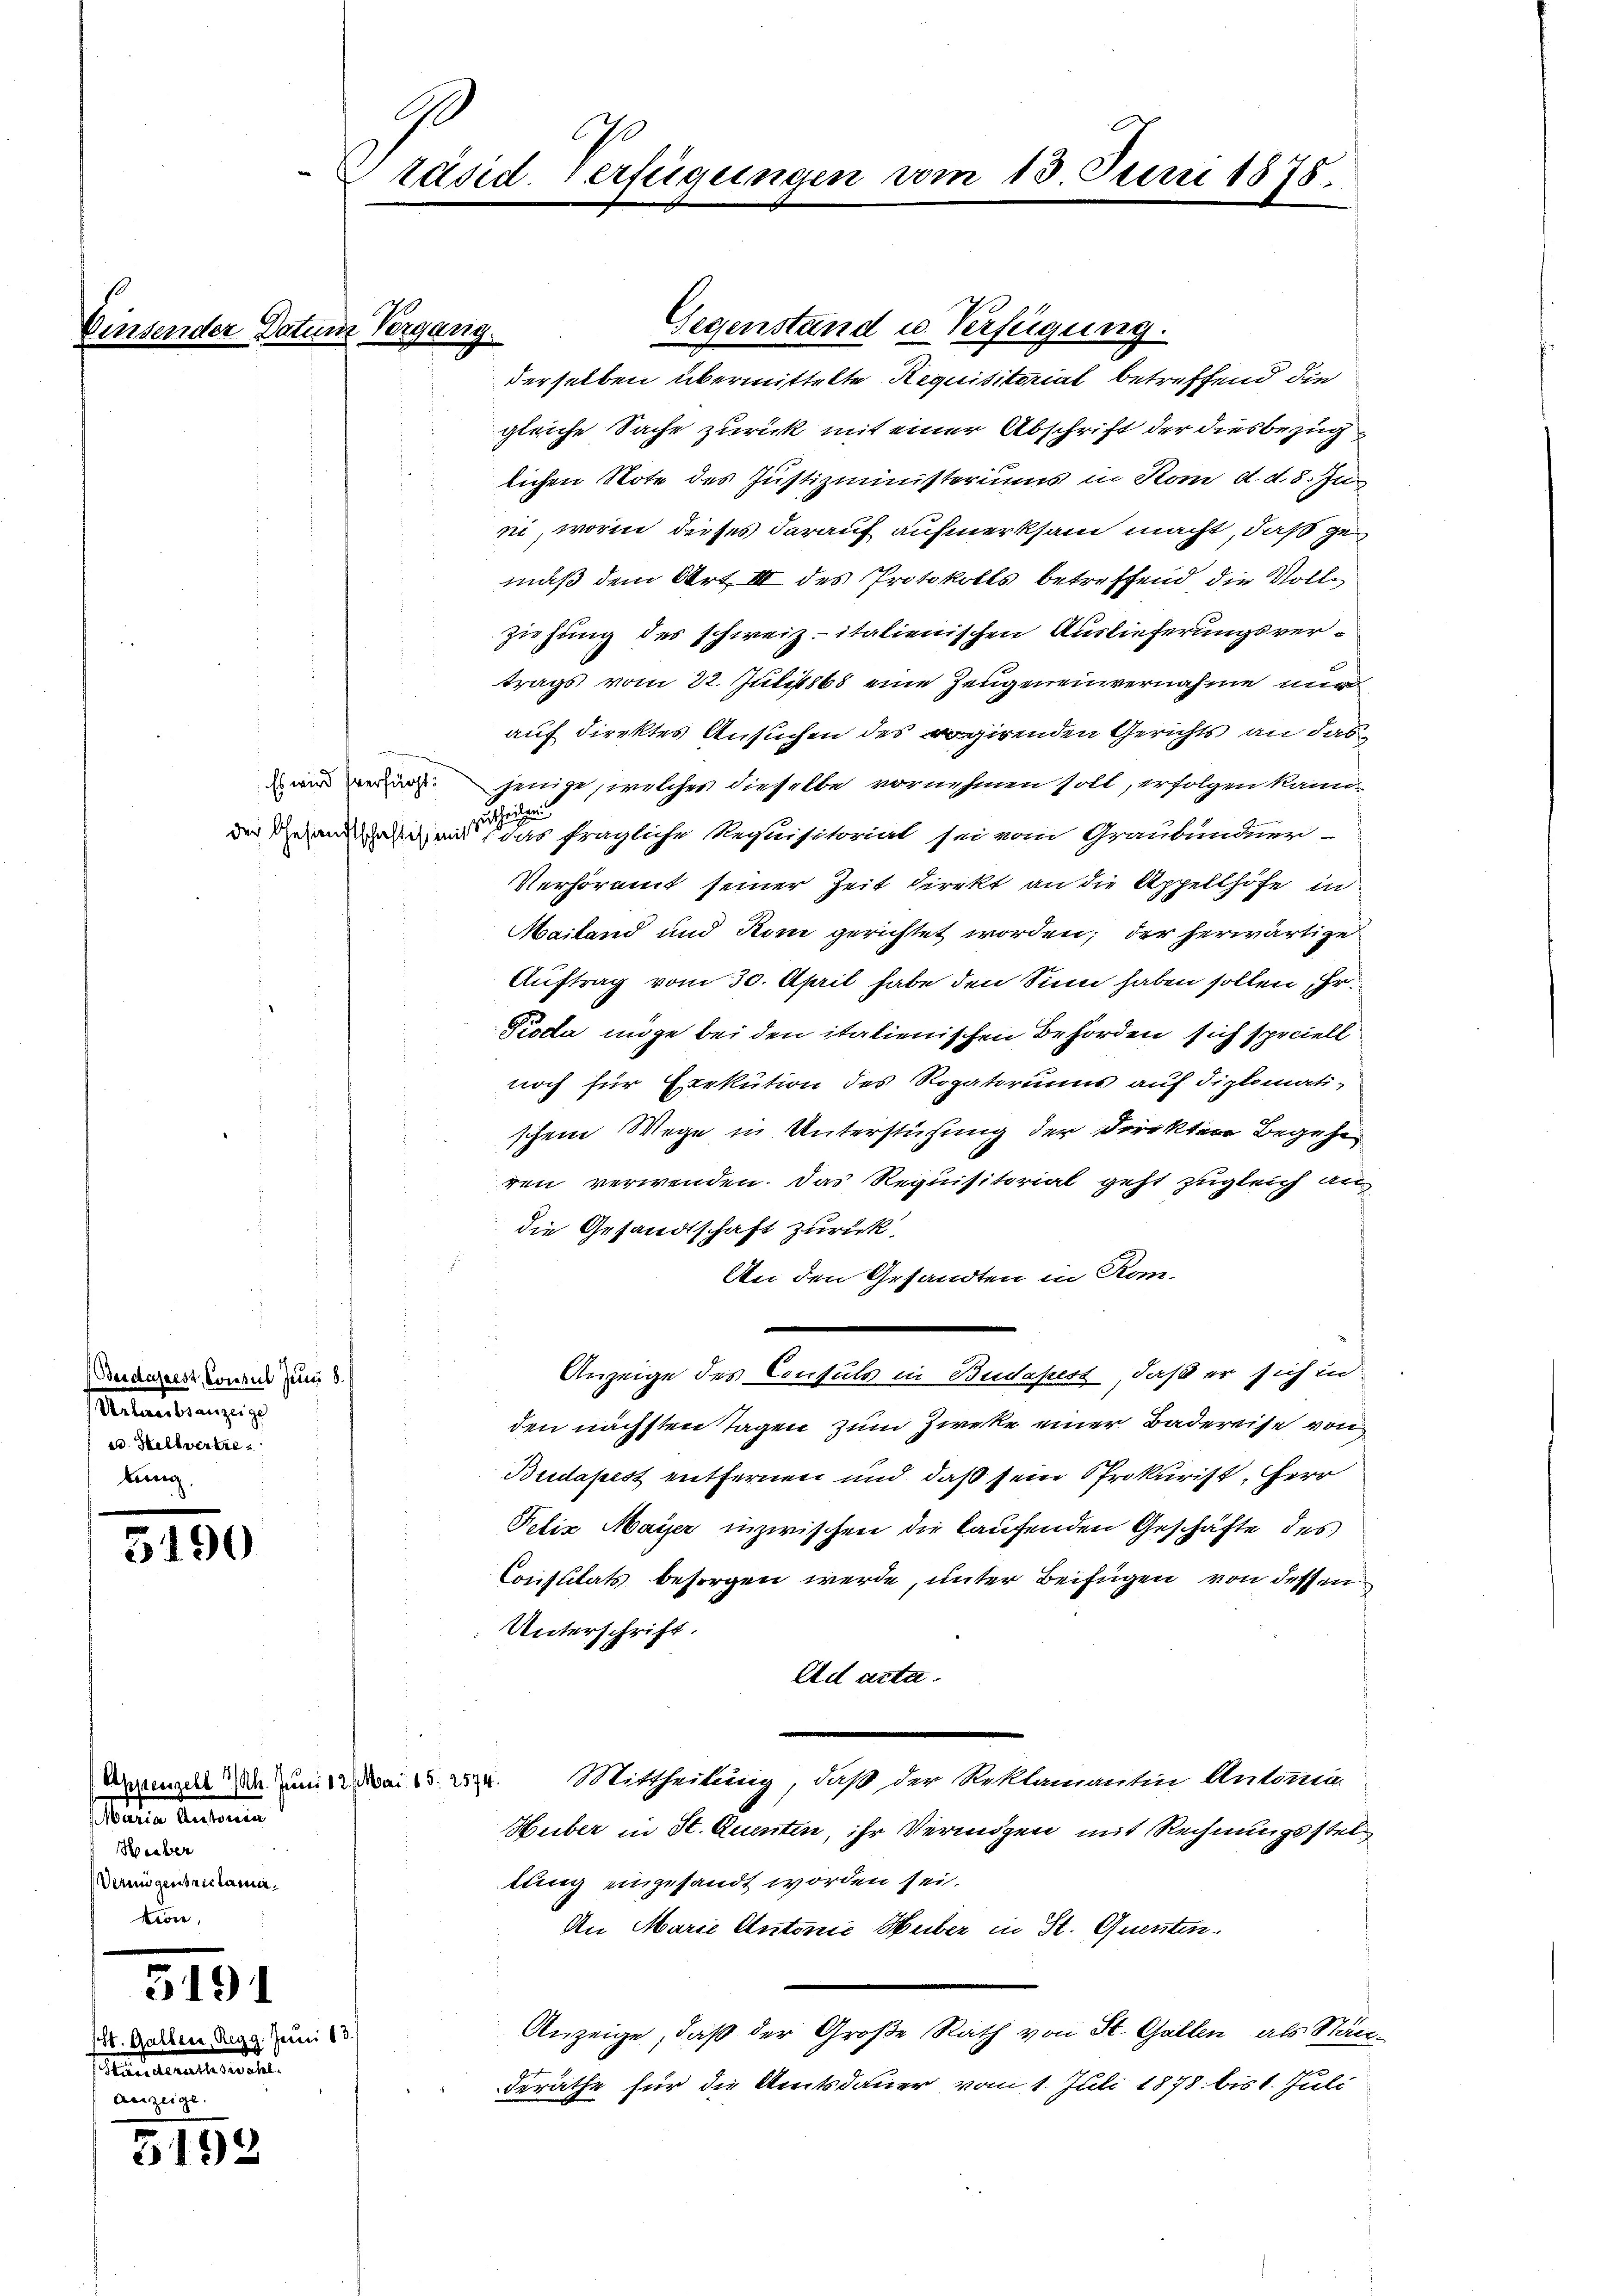
f

Cen

(Budapest, Consul Juni 8
eltantirung is
ed. Hellvertri
keng

5190

Mater Auseine
 2
Weiber
Vermigentriclamie.
tion,

5191

180. Gallers, Regg. Jauci 83.
eanstaltenen der
 |

5192

G
Präsid. Verfügungen vom 13. Juni 1878.

un Vergang

derselben übermittelte Requisitorial betreffend die
gleiche Sache zurück mit einer Abschrift der diesbezuglichen Note des Justizministeriums in Rom d. d. 8. Ju
ei, worin dieses darauf aufmerksam macht, daß gemuß dem Art. III des Protokolls betreffend, die Vollziehung des schweiz. italienischen Auslieferungsvertrags vom 22. Julibs eine Zeugeneinvernahme mi
auf direktes Ansuchen des rogirenden Gerichts an das
 wir jenige, welches dieselbe vornehmen soll, erfolgen kannheilweis
der Behandesigen das fragliche Requisitorial sei vom Graubündner
Verhöramit seiner Zeit direkt an die Appellhöfe in
Mailand und Koni gerichtet worden; der herwärtige
Auftrag vom 30. April habe den Sinn haben sollen, Er¬
Pioda möge bei den italienischen Behörden sich speciell
noch für Exekution des Rogatoriums auf diplomati-
schem Wege in Unterstüzung der Direktere Begehe
ren verwenden. Das Requisitorial geht zugleich andie Gesandtschaft zurück.
An den Gesandten in Kom-
Anzeige des Consuls in Budapest, daß er sich in
den nächsten Tagen zum Zirke einer Badereise von
Budapest entfernen und daß sein Prokurist, Herr
Felix Mayer inzwischen die laufenden Geschäfte des
Constitats besorgen werde, unter Beifügen von dessen
Unterschrift.
Ad acta.
Drament den zum Mai 15. 22. Mittheilung, daß der Reklamatin Anton
Huber in St. Quenten, ihr Vermögen mit Rechnungsstellung eingesandt worden sei.
An Marie Antonie Huber in St. Quenten.
Anzeige, daß der Große Rath von St. Gallen, als Ständeräthe für die Amtsdauer vom 1. Juli 1878 bis 1. Juli

G

Gegenstand u. Verfügung.